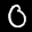
Label: 0